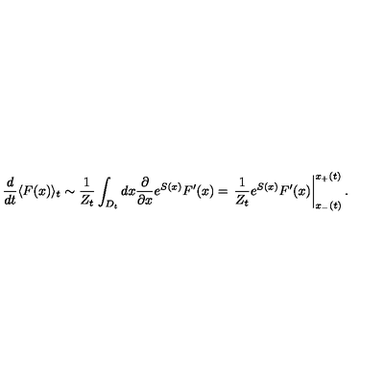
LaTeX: \frac { d } { d t } \langle F ( x ) \rangle _ { t } \sim \frac { 1 } { Z _ { t } } \int _ { D _ { t } } d x \frac { \partial } { \partial x } e ^ { S ( x ) } F ^ { \prime } ( x ) = \left. \frac { 1 } { Z _ { t } } e ^ { S ( x ) } F ^ { \prime } ( x ) \right| _ { x _ { - } ( t ) } ^ { x _ { + } ( t ) } .